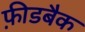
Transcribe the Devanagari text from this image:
फ़ीडबैक